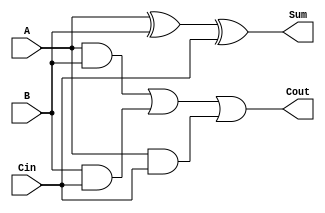
module full_adder (
    input wire A,      // One bit input A
    input wire B,      // One bit input B
    input wire Cin,    // One bit carry-in
    output wire Sum,   // One bit output Sum
    output wire Cout   // One bit output Carry-out
);

// Behavioral description of the full adder
assign Sum = A ^ B ^ Cin; // Sum is the XOR of A, B, and Cin
assign Cout = (A & B) | (B & Cin) | (A & Cin); // Carry-out logic

endmodule